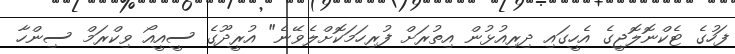
ފަހުގެ ޓެކްނޮލޮޖީގެ އެހީގައި ދިރިއުޅުން އިތުރަށް ފުރިހަމަކޮށްލެވޭނެ" އުރީދޫގެ ސީއީއޯ ވިކްރަމް ސިންހާ